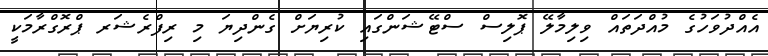
އެއްދުވަހުގެ މުއްދަތައް ވިލިމާލޭ ޕޮލިސް ސްޓޭޝަންގައި ކުރިޔަށް ގެންދިޔަ މި ރިފްރެޝަރ ޕްރޮގްރާމަކީ